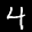
Label: 4